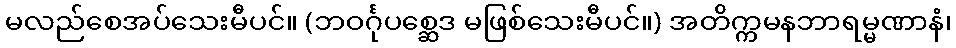
မလည်စေအပ်သေးမီပင်။ (ဘဝင်္ဂုပစ္ဆေဒ မဖြစ်သေးမီပင်။) အတိက္ကမနဘာရမ္မဏာနံ၊